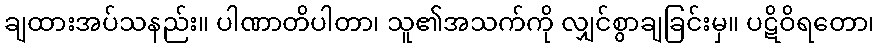
ချထားအပ်သနည်း။ ပါဏာတိပါတာ၊ သူ၏အသက်ကို လျှင်စွာချခြင်းမှ။ ပဋိဝိရတော၊